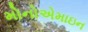
મોનોએમાઇન